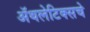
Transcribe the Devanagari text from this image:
अॅथलेटिक्सचे